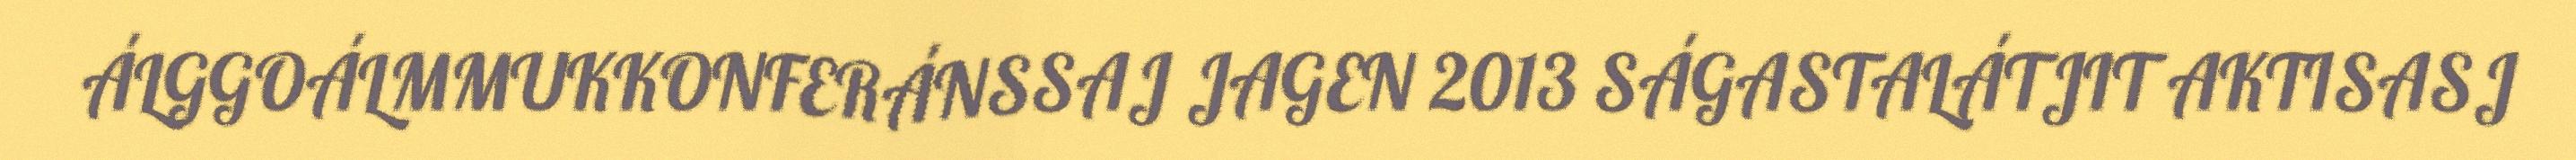
ÁLGGOÁLMMUKKONFERÁNSSAJ JAGEN 2013 SÁGASTALÁTJIT AKTISASJ